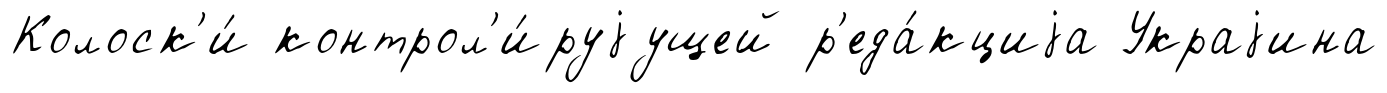
Колоск'и́ контрол'и́руjущей р'еда́кциjа Украjина